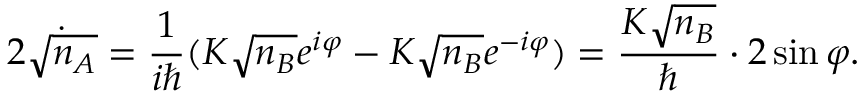
2 { \dot { \sqrt { n _ { A } } } } = { \frac { 1 } { i \hbar } } ( K { \sqrt { n _ { B } } } e ^ { i \varphi } - K { \sqrt { n _ { B } } } e ^ { - i \varphi } ) = { \frac { K { \sqrt { n _ { B } } } } { \hbar } } \cdot 2 \sin \varphi .